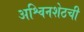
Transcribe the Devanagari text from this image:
अश्विनशेठची